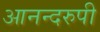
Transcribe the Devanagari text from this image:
आनन्दरुपी